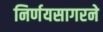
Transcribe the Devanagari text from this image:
निर्णयसागरने